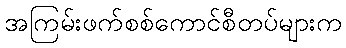
အကြမ်းဖက်စစ်ကောင်စီတပ်များက